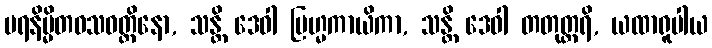
ပရနိမ္မိတဝသဝတ္တိနော, သန္တိ ဒေဝါ ဗြဟ္မကာယိကာ, သန္တိ ဒေဝါ တတုတ္တရိ, ယထာရူပါယ